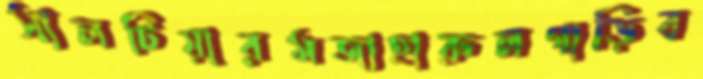
সালটিয়ারমজাহারুলগাড়িব